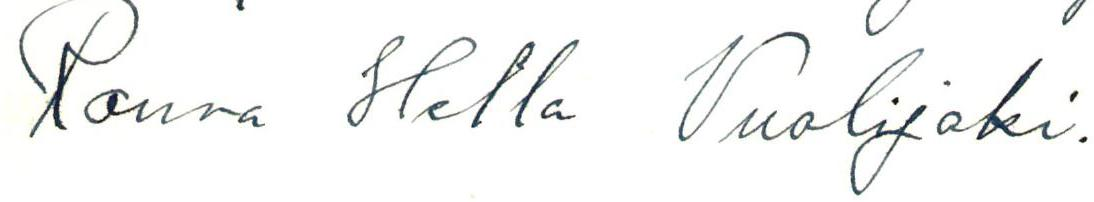
Rouva Hella Vuolijoki.